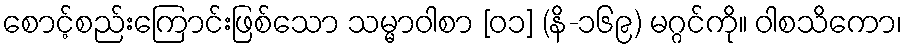
စောင့်စည်းကြောင်းဖြစ်သော သမ္မာဝါစာ [၀၁] (နိ-၁၆၉) မဂ္ဂင်ကို။ ဝါစသိကော၊